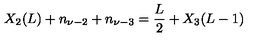
X _ { 2 } ( L ) + n _ { \nu - 2 } + n _ { \nu - 3 } = \frac { L } { 2 } + X _ { 3 } ( L - 1 )